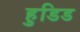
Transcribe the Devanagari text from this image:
हुडिड